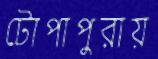
টোপাপুরায়